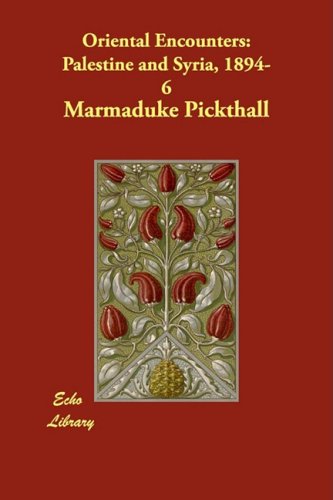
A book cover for Oriental Encounters: Palestine and Syria, 1894-6; Marmaduke Pickthall; Travel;